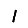
Digit: 1